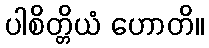
ပါစိတ္တိယံ ဟောတိ။